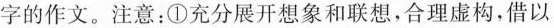
字的作文。注意：①充分展开想象和联想，合理虚构，借以